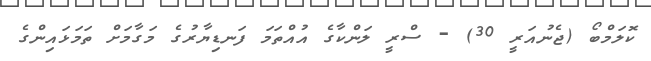
ކޮލަމްބޯ (ޖެނުއަރީ 30) - ސްރީ ލަންކާގެ އުއްތަމަ ފަނޑިޔާރުގެ މަގާމަށް ތަމަޅައިންގެ